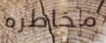
مخاطره